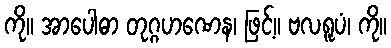
ကို။ အာပေါဓာ တုဂ္ဂဟဏေန၊ ဖြင့်။ ဗလရူပံ၊ ကို။